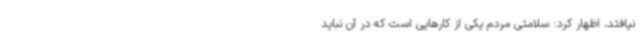
نیافتد، اظهار کرد: سلامتی مردم یکی از کارهایی است که در آن نباید